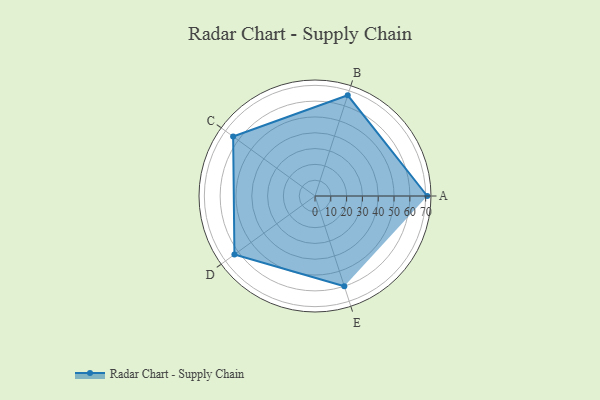
{"axis": {"x": "Skill", "y": "Score"}, "legend": ["Profile"], "data": [{"x": "A", "y": 71.0, "type": "Profile"}, {"x": "B", "y": 67.0, "type": "Profile"}, {"x": "C", "y": 64.0, "type": "Profile"}, {"x": "D", "y": 63.0, "type": "Profile"}, {"x": "E", "y": 60.0, "type": "Profile"}]}